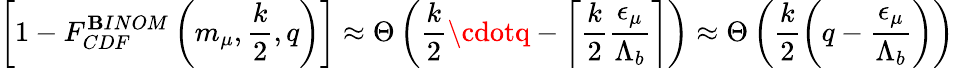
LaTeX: \left[1-F_{CDF}^{\mathbf{B}INOM}\left(m_{\mu},\frac{{k}}{{2}},q\right)\right]\approx\Theta\left(\frac{{k}}{{2}}\cdotq-\left\lceil\frac{{k}}{{2}}\frac{{{\epsilon}_{\mu}}}{{{\Lambda}_{b}}}\right\rceil\right)\approx\Theta\left(\frac{{k}}{{2}}\left(q-\frac{{{\epsilon}_{\mu}}}{{{\Lambda}_{b}}}\right)\right)